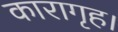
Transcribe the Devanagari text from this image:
कारागृह।